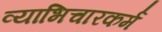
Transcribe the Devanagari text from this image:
व्याभिचारकर्म